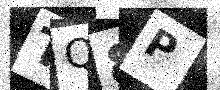
Text: TQ8P